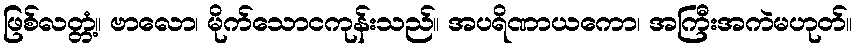
ဖြစ်လတ္တံ့။ ဗာလော၊ မိုက်သောငကုန်းသည်။ အပရိဏာယကော၊ အကြီးအကဲမဟုတ်။